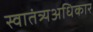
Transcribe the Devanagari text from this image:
स्वातंत्र्यअधिकार